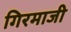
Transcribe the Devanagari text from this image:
गिरमाजी